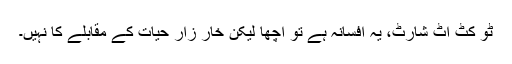
ٹو کٹ اٹ شارٹ، یہ افسانہ ہے تو اچھا لیکن خار زارِ حیات کے مقابلے کا نہیں۔